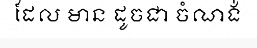
ដែល មាន ដូចជា ចំណង់